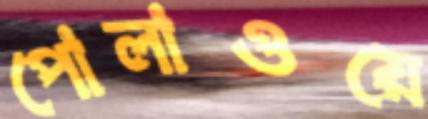
পোলাওয়ে